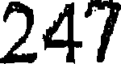
247